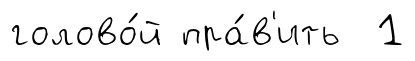
голово́й пра́в'ить 1